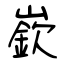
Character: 嶔